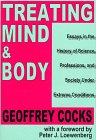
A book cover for Treating Mind and Body: Essays in the History of Science, Professions, and Society Under Extreme Conditions; Geoffrey Cocks; Health, Fitness & Dieting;